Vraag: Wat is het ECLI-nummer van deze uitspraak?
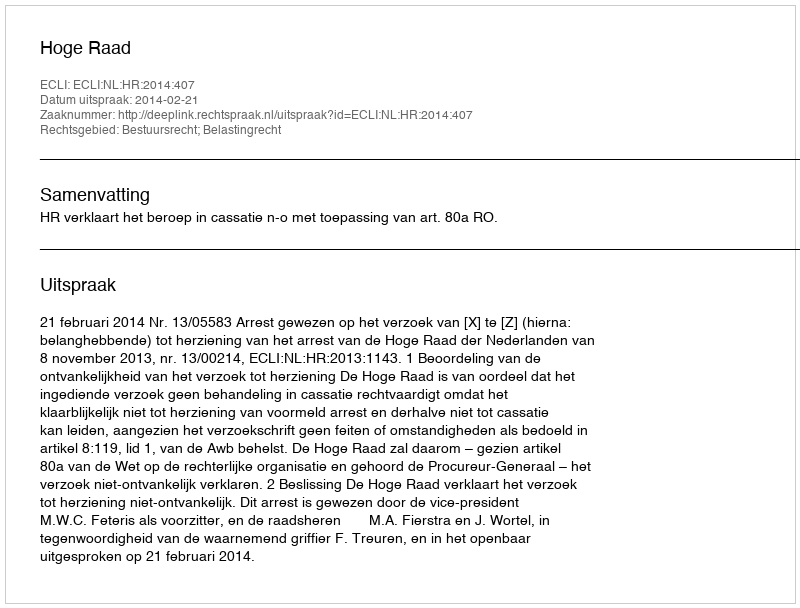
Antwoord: ECLI:NL:HR:2014:407